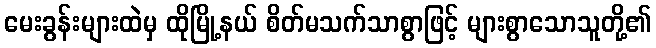
မေးခွန်းများထဲမှ ထိုမြို့နယ် စိတ်မသက်သာစွာဖြင့် များစွာသောသူတို့၏